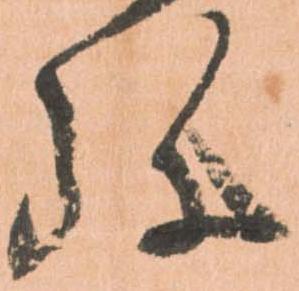
弥